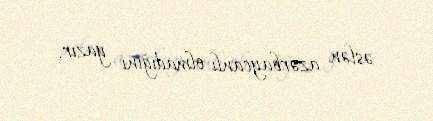
əslən azərbaycanlı olmadığını yazır.